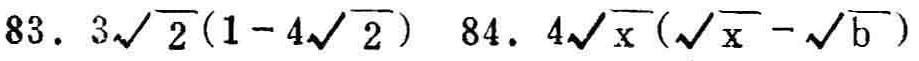
83. \(3\sqrt{2}(1 - 4\sqrt{2})\) 84. \(4\sqrt{x}(\sqrt{x}-\sqrt{b})\)